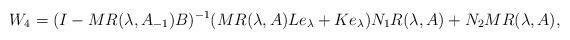
LaTeX: \begin{align*} W_4=(I-MR(\lambda,A_{-1})B)^{-1}(MR(\lambda,A)Le_\lambda+Ke_\lambda)N_1R(\lambda,A)+N_2MR(\lambda,A),\end{align*}